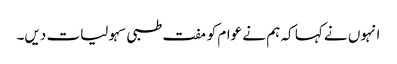
انہوں نے کہا کہ ہم نے عوام کو مفت طبی سہولیات دیں۔